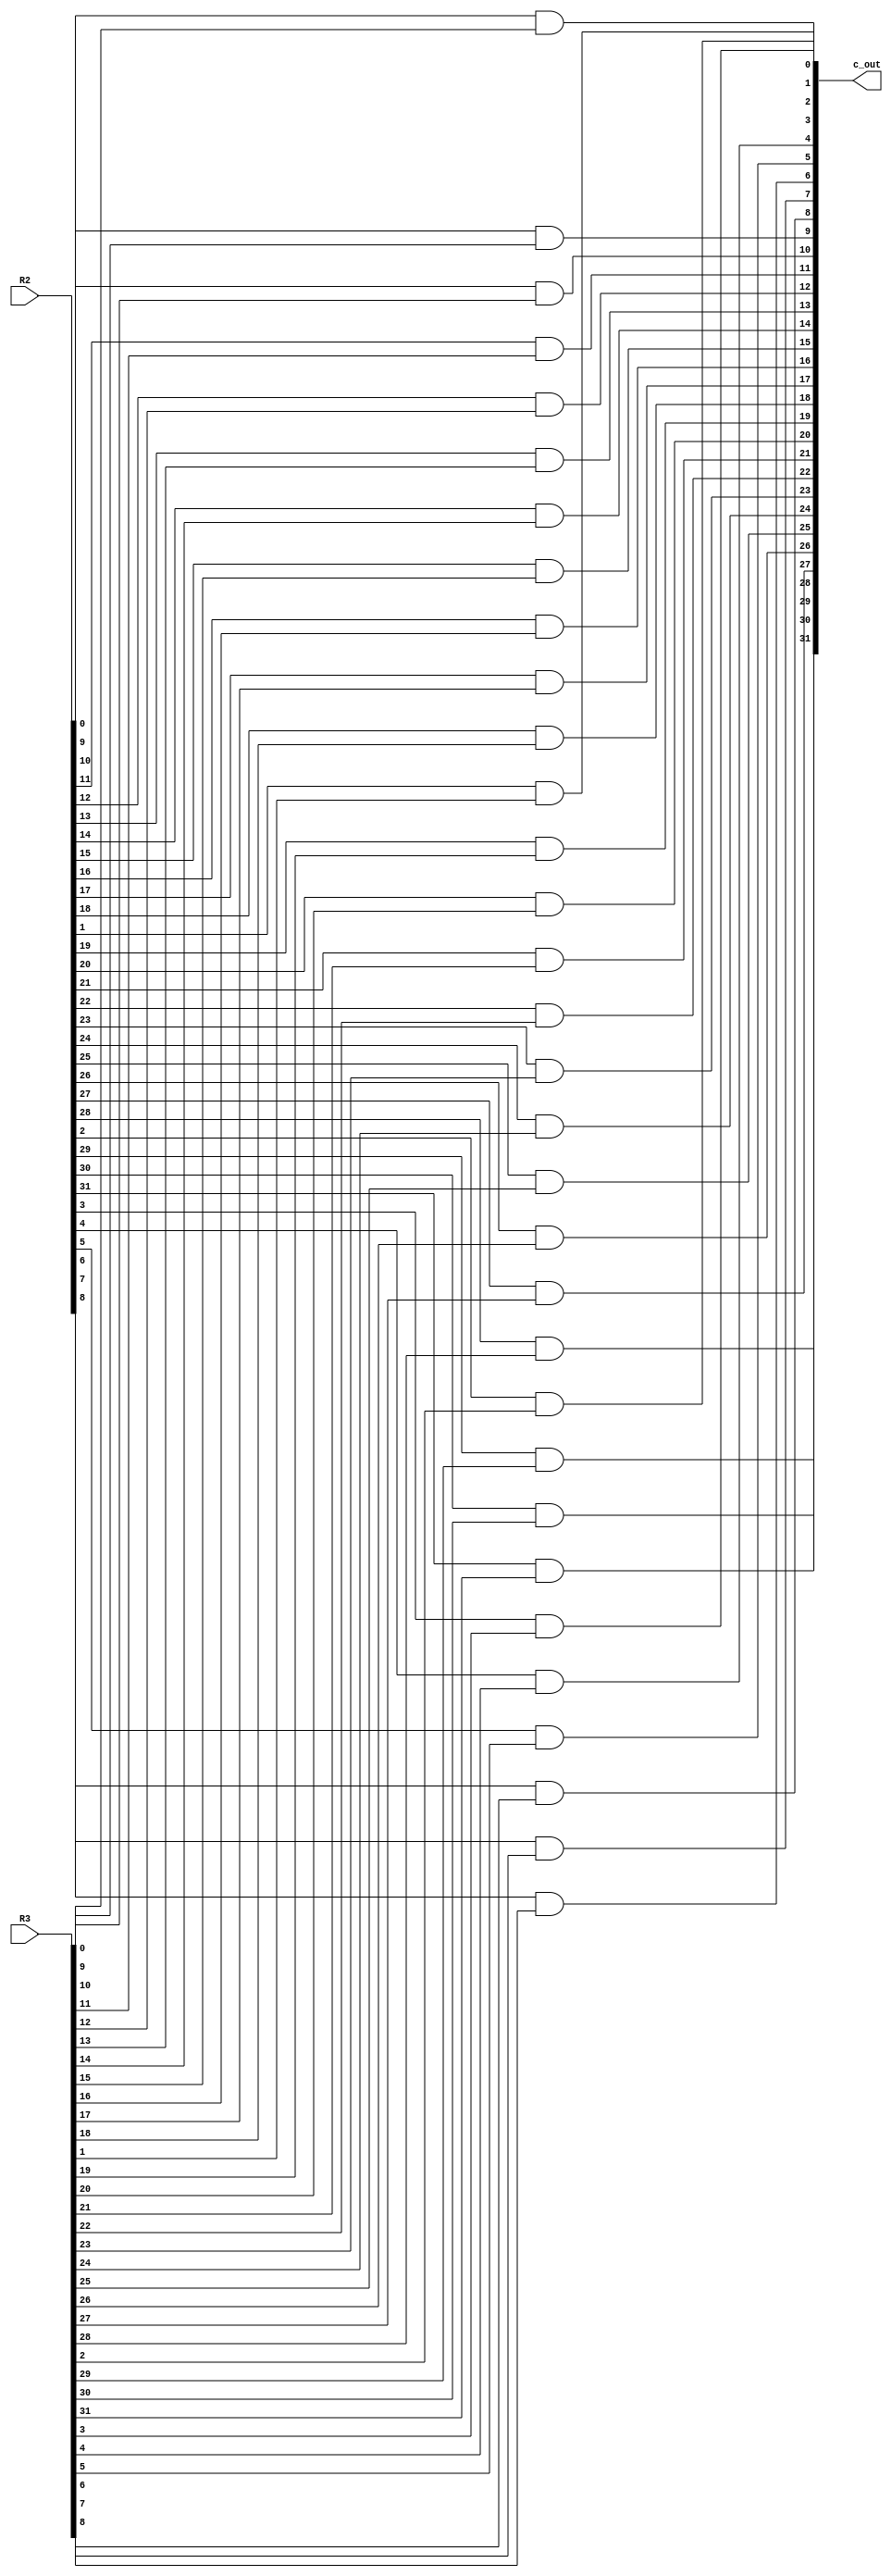
`timescale 1ns / 1ps
//////////////////////////////////////////////////////////////////////////////////
// Company: 
// Engineer: 
// 
// Design Name: 
// Module Name:    AND_nbit 
// Project Name: 
// Target Devices: 
// Tool versions: 
// Description: 
//
// Dependencies: 
//
// Revision: 
// Revision 0.01 - File Created
// Additional Comments: 
//
//////////////////////////////////////////////////////////////////////////////////
module AND_nbit(c_out,R2,R3);

parameter W = 32; //parameter to change input and output bit size

input [W-1:0]R2,R3;
output [W-1:0]c_out;

genvar i;
generate
	for(i = 0; i < W; i = i + 1) //for loop to AND each bit of the inputs at a time and set it to the corresponding output bit
		begin: ander
			and and1(c_out[i],R2[i],R3[i]);
		end
endgenerate

endmodule